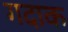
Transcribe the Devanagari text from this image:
गदाक